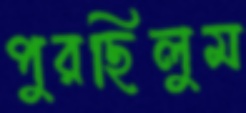
পুরছিলুম